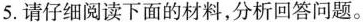
5.请仔细阅读下面的材料，分析回答问题。